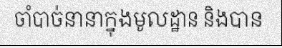
ចាំបាច់នានាក្នុងមូលដ្ឋាន និងបាន